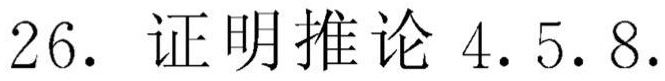
26. 证明推论 4.5.8.